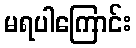
မရပါကြောင်း